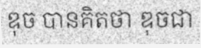
ឌុច បានគិតថា ឌុចជា